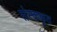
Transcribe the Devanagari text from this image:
संस्ककृत